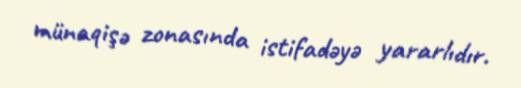
münaqişə zonasında istifadəyə yararlıdır.